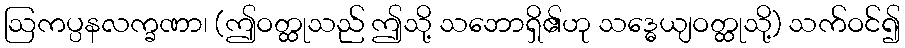
ဩကပ္ပနလက္ခဏာ၊ (ဤဝတ္ထုသည် ဤသို့ သဘောရှိ၏ဟု သဒ္ဓေယျဝတ္ထုသို့) သက်ဝင်၍